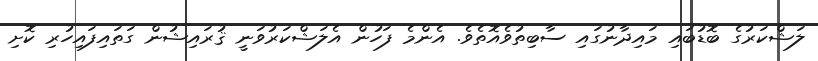
ލަޝްކަރުގެ ބޮޑުބައި މައިދާނުގައި ސާބިތުވެއޮތެވެ. އެންމެ ފަހުން އެލަޝްކަރުވަނީ ޤުރައިޝުން ގަތައިފައިހުރި ކޮށި